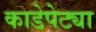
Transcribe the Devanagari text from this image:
काडेपेट्या